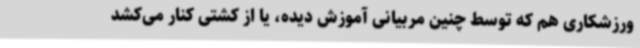
ورزشکاری هم که توسط چنین مربیانی آموزش دیده، یا از کشتی کنار می‌کشد